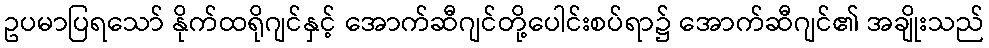
ဥပမာပြရသော် နိုက်ထရိုဂျင်နှင့် အောက်ဆီဂျင်တို့ပေါင်းစပ်ရာ၌ အောက်ဆီဂျင်၏ အချိုးသည်